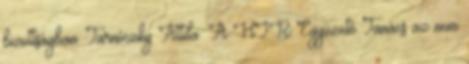
bizottságban. Tarnóczky Attila: A HIR Egyezető Tanács az nem